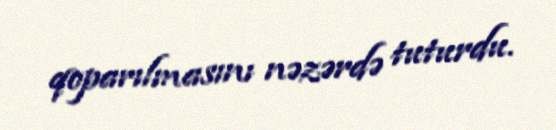
qoparılmasını nəzərdə tuturdu.